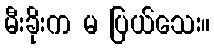
မီးခိုးက မ ပြယ်သေး။